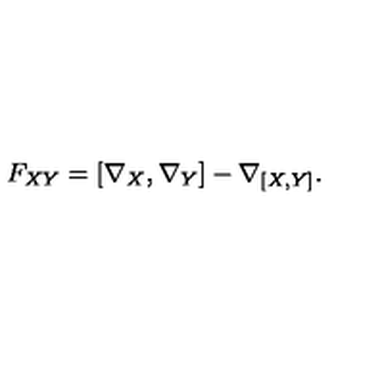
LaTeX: F _ { X Y } = [ \nabla _ { X } , \nabla _ { Y } ] - \nabla _ { [ X , Y ] } .